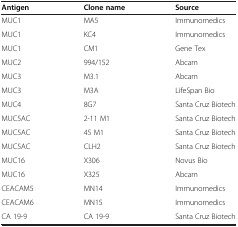
<table><thead><tr><td><b>Antigen</b></td><td><b>Clone name</b></td><td><b>Source</b></td></tr></thead><tbody><tr><td>MUC1</td><td>MA5</td><td>Immunomedics</td></tr><tr><td>MUC1</td><td>KC4</td><td>Immunomedics</td></tr><tr><td>MUC1</td><td>CM1</td><td>Gene Tex</td></tr><tr><td>MUC2</td><td>994/152</td><td>Abcam</td></tr><tr><td>MUC3</td><td>M3.1</td><td>Abcam</td></tr><tr><td>MUC3</td><td>M3A</td><td>LifeSpan Bio</td></tr><tr><td>MUC4</td><td>8G7</td><td>Santa Cruz Biotech</td></tr><tr><td>MUC5AC</td><td>2-11 M1</td><td>Santa Cruz Biotech</td></tr><tr><td>MUC5AC</td><td>45 M1</td><td>Santa Cruz Biotech</td></tr><tr><td>MUC5AC</td><td>CLH2</td><td>Santa Cruz Biotech</td></tr><tr><td>MUC16</td><td>X306</td><td>Novus Bio</td></tr><tr><td>MUC16</td><td>X325</td><td>Abcam</td></tr><tr><td>CEACAM5</td><td>MN14</td><td>Immunomedics</td></tr><tr><td>CEACAM6</td><td>MN15</td><td>Immunomedics</td></tr><tr><td>CA 19-9</td><td>CA 19-9</td><td>Santa Cruz Biotech</td></tr></tbody></table>